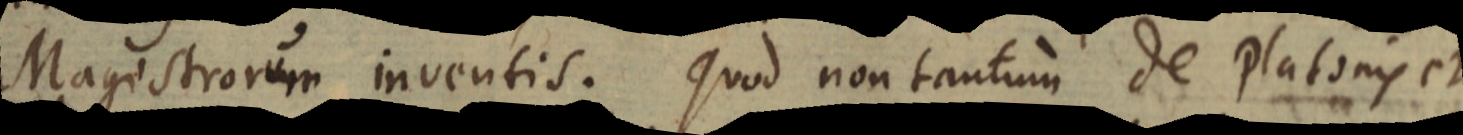
Magistrorum inventis. Quod non tantum de Platonis et